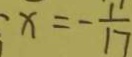
x = - \frac { 1 ^ { \prime } } { 1 7 }